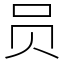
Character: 员